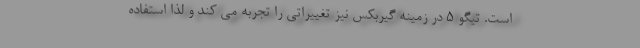
است. تیگو 5 در زمینه گیربکس نیز تغییراتی را تجربه می کند و لذا استفاده